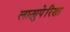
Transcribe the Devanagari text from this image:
लाट्युपेरिसा